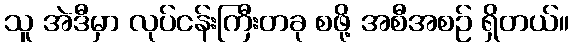
သူ အဲဒီမှာ လုပ်ငန်းကြီးတခု စဖို့ အစီအစဉ် ရှိတယ်။